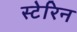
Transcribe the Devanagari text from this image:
स्टेरिन